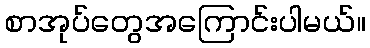
စာအုပ်တွေအကြောင်းပါမယ်။